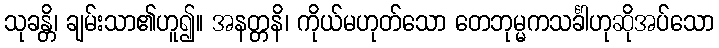
သုခန္တိ၊ ချမ်းသာ၏ဟူ၍။ အနတ္တနိ၊ ကိုယ်မဟုတ်သော တေဘုမ္မကသင်္ခါဟုဆိုအပ်သော